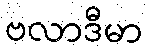
ဗလာဒီမာ